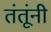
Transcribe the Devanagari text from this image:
तंतूंनी